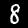
Label: 8